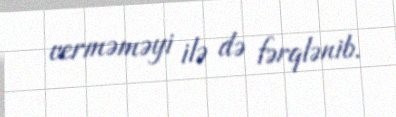
verməməyi ilə də fərqlənib.